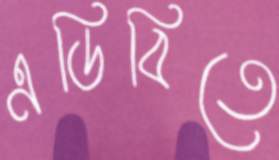
এডিবিতে